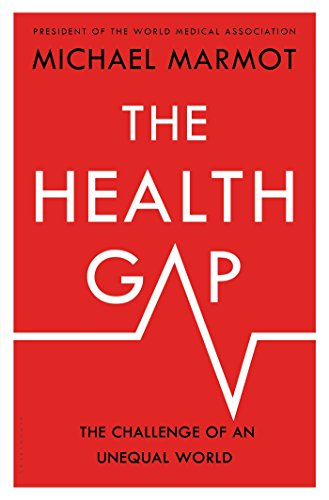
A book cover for The Health Gap: The Challenge of an Unequal World; Michael Marmot; Medical Books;